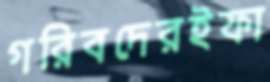
গরিবদেরইফা